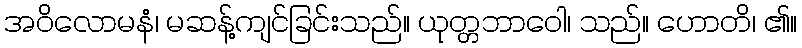
အဝိလောမနံ၊ မဆန့်ကျင်ခြင်းသည်။ ယုတ္တဘာဝေါ၊ သည်။ ဟောတိ၊ ၏။